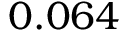
0 . 0 6 4